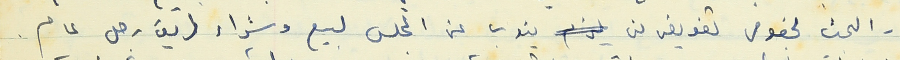
- البحث بخصوص تفويض من ينوب عن المجلس لبيع وشراء طريق رجل عام .